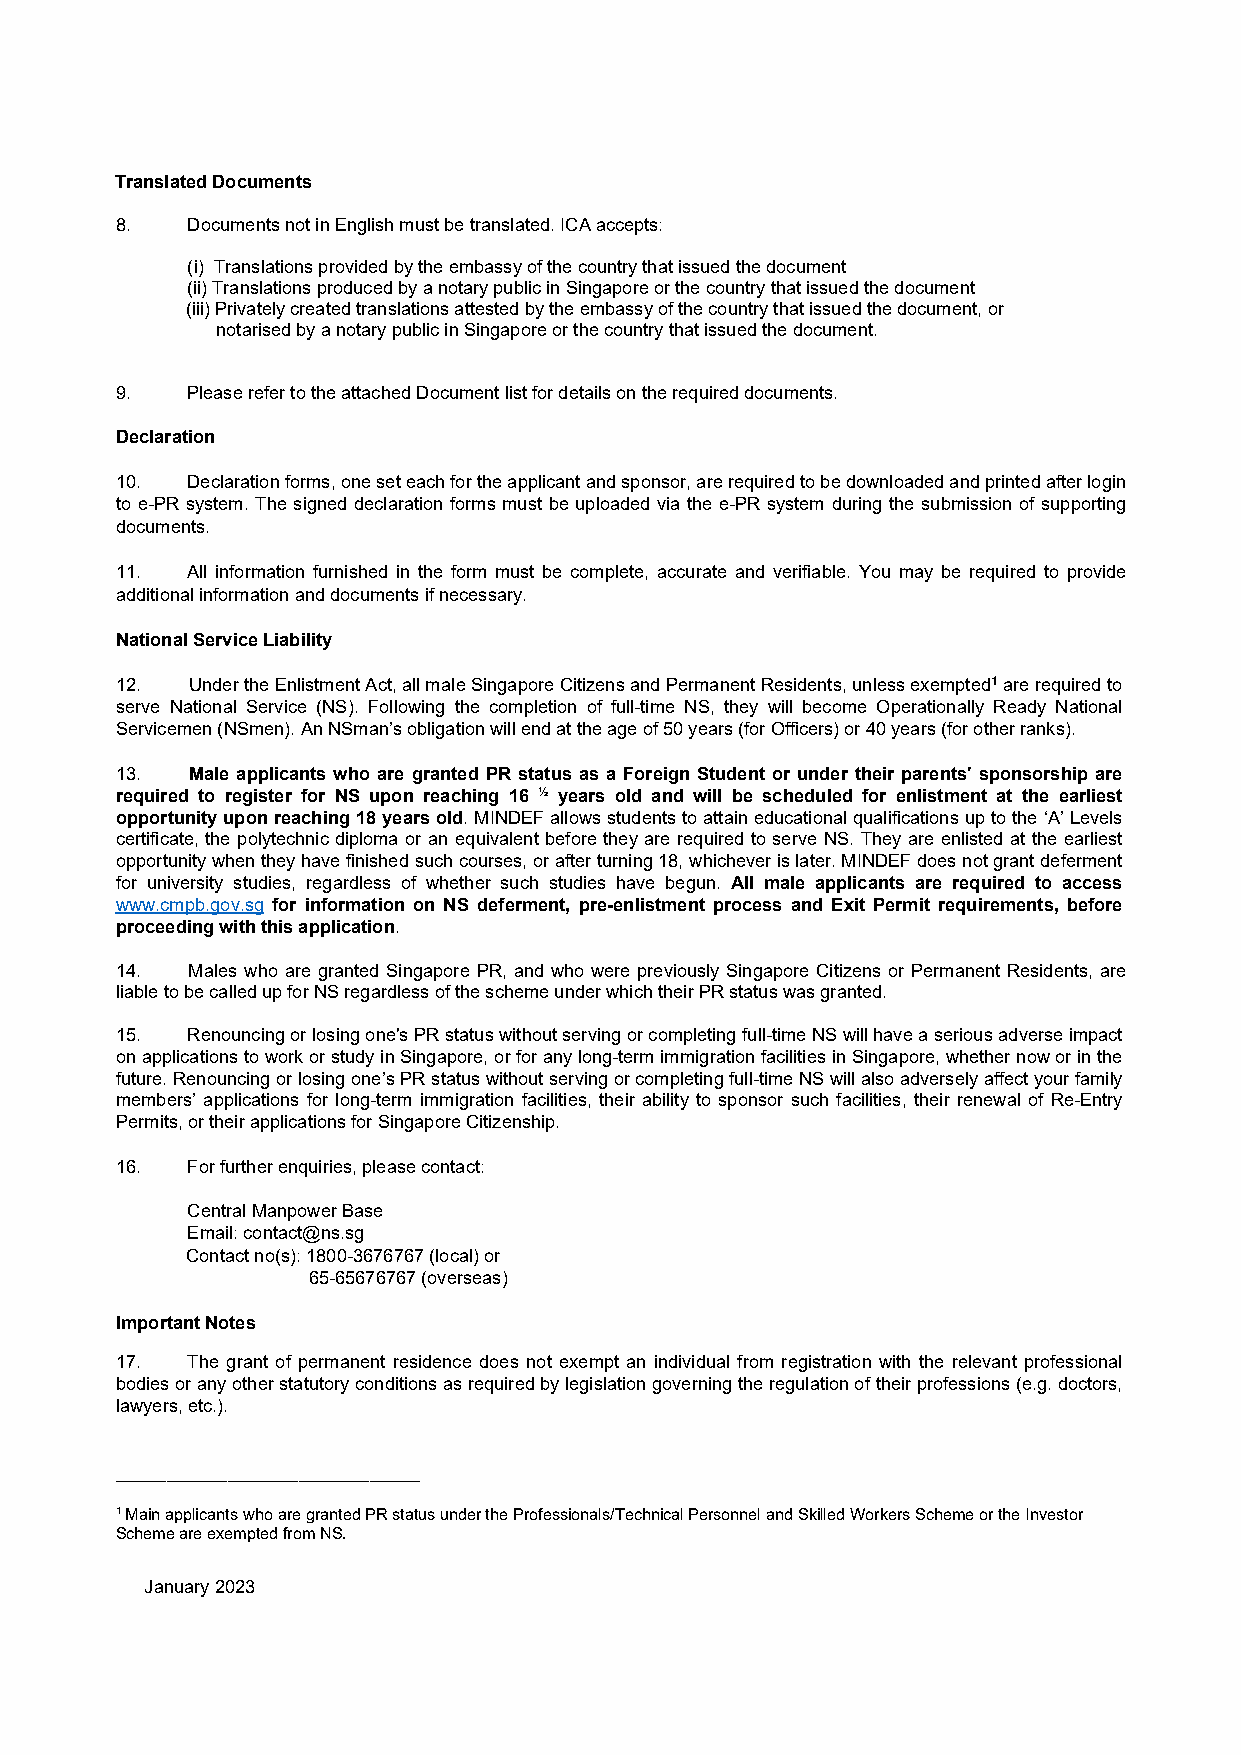
Translated Documents
 8.  Documents not in English must be translated. ICA accepts:
 (i) Translations provided by the embassy of the country that issued the document
 (ii) Translations produced by a notary public in Singapore or the country that issued the document
 (iii) Privately created translations attested by the embassy of the country that issued the document, or
 notarised by a notary public in Singapore or the country that issued the document.
 9.  Please refer to the attached Document list for details on the required documents.
 Declaration
 10. Declaration forms, one set each for the applicant and sponsor, are required to be downloaded and printed after login
 to e-PR system. The signed declaration forms must be uploaded via the e-PR system during the submission of supporting
 documents.
 11. All information furnished in the form must be complete, accurate and verifiable. You may be required to provide
 additional information and documents if necessary.
 National Service Liability
 12. Under the Enlistment Act, all male Singapore Citizens and Permanent Residents, unless exempted1 are required to
 serve National Service (NS). Following the completion of full-time NS, they will become Operationally Ready National
 Servicemen (NSmen). An NSman’s obligation will end at the age of 50 years (for Officers) or 40 years (for other ranks).
 13. Male applicants who are granted PR status as a Foreign Student or under their parents' sponsorship are
 required to register for NS upon reaching 16 ½ years old and will be scheduled for enlistment at the earliest
 opportunity upon reaching 18 years old. MINDEF allows students to attain educational qualifications up to the ‘A’ Levels
 certificate, the polytechnic diploma or an equivalent before they are required to serve NS. They are enlisted at the earliest
 opportunity when they have finished such courses, or after turning 18, whichever is later. MINDEF does not grant deferment
 for university studies, regardless of whether such studies have begun. All male applicants are required to access
 www.cmpb.gov.sg for information on NS deferment, pre-enlistment process and Exit Permit requirements, before
 proceeding with this application.
 14. Males who are granted Singapore PR, and who were previously Singapore Citizens or Permanent Residents, are
 liable to be called up for NS regardless of the scheme under which their PR status was granted.
 15. Renouncing or losing one's PR status without serving or completing full-time NS will have a serious adverse impact
 on applications to work or study in Singapore, or for any long-term immigration facilities in Singapore, whether now or in the
 future. Renouncing or losing one’s PR status without serving or completing full-time NS will also adversely affect your family
 members’ applications for long-term immigration facilities, their ability to sponsor such facilities, their renewal of Re-Entry
 Permits, or their applications for Singapore Citizenship.
 16. For further enquiries, please contact:
 Central Manpower Base
 Email: contact@ns.sg
 Contact no(s): 1800-3676767 (local) or
 65-65676767 (overseas)
 Important Notes
 17. The grant of permanent residence does not exempt an individual from registration with the relevant professional
 bodies or any other statutory conditions as required by legislation governing the regulation of their professions (e.g. doctors,
 lawyers, etc.).
 ______________________________
 1 Main applicants who are granted PR status under the Professionals/Technical Personnel and Skilled Workers Scheme or the Investor
 Scheme are exempted from NS.
 January 2023